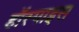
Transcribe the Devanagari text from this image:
हॉस्पाइस